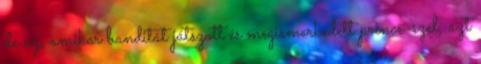
de az, amikor banditát játszott és megismerkedett prince-szel, azt